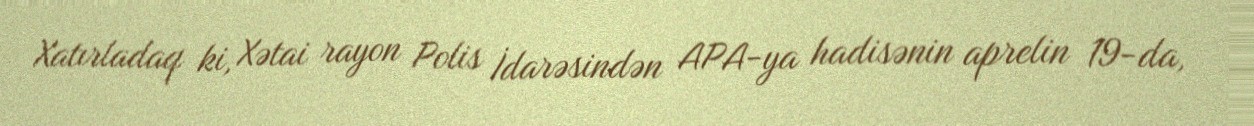
Xatırladaq ki, Xətai rayon Polis İdarəsindən APA-ya hadisənin aprelin 19-da,